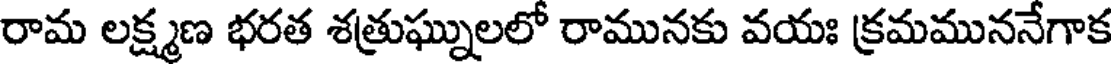
రామ లక్ష్మణ భరత శత్రుఘ్నులలో రామునకు వయః క్రమముననేగాక